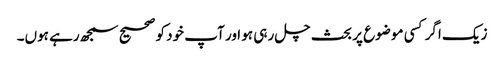
زیک اگر کسی موضوع پر بحث چل رہی ہو اور آپ خود کو صحیح سمجھ رہے ہوں۔